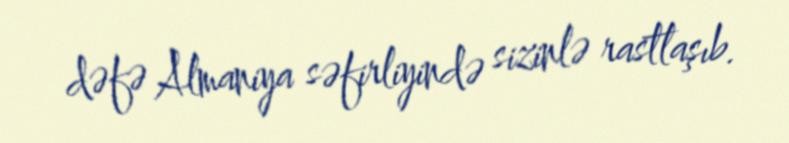
dəfə Almaniya səfirliyində sizinlə rastlaşıb.